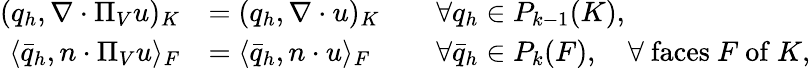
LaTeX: \begin{array}{rlrl}{(q_{h},\nabla\cdot\Pi_{V}u)_{K}}&{=(q_{h},\nabla\cdot u)_{K}}&&{\forall q_{h}\in P_{k-1}(K),}\\ {\langle\bar{q}_{h},n\cdot\Pi_{V}u\rangle_{F}}&{=\langle\bar{q}_{h},n\cdot u\rangle_{F}}&&{\forall\bar{q}_{h}\in P_{k}(F),\quad\forall\mathrm{~faces~}F\mathrm{~of~}K,}\end{array}